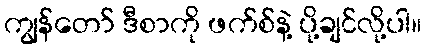
ကျွန်တော် ဒီစာကို ဖက်စ်နဲ့ ပို့ချင်လို့ပါ။